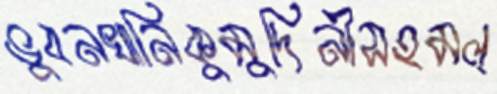
ভুবনখানিকুমুদিনীসহমল্